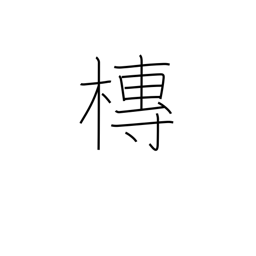
Meaning: hearse